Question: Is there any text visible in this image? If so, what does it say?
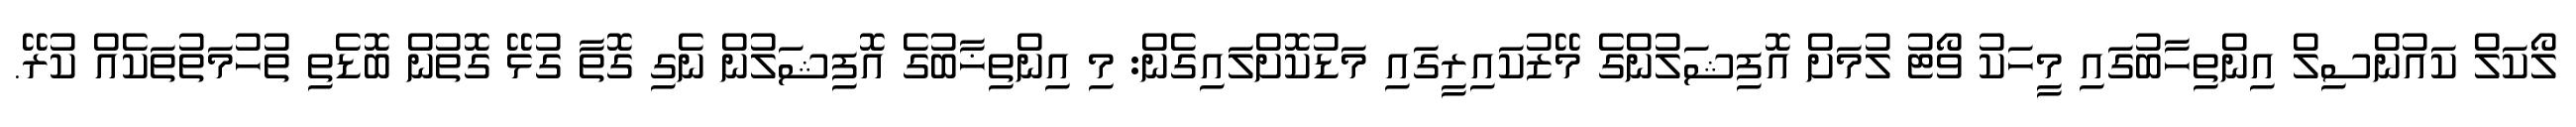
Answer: ލޯކަލް ކައުންސިލް އިންތިހާބުގައި މީހަކު ވޯޓު ލުމަށް އޮފިޝަލުންގެ މޭޒުކައިރީގައި މަޑުކޮށްލައިގެން: މި އިންތިޚާބުގެ އޮފިޝަލުން ނެގި ގޮތާ ގުޅޭ ގޮތުން ބޮޑެތި ތުހުމަތުތަކެއް ކުރޭ.